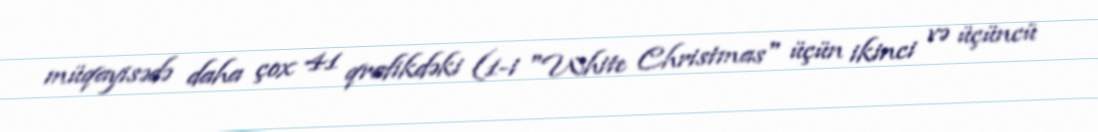
müqayisədə daha çox 41 qrafikdəki (1-i "White Christmas" üçün ikinci və üçüncü